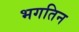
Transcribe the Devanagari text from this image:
भगतिन